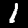
Label: 1